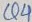
Text: Q4